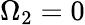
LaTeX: \Omega_{2}=0